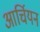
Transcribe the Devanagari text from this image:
आर्चियन